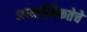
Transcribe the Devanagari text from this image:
अध्यात्मिकतेचे